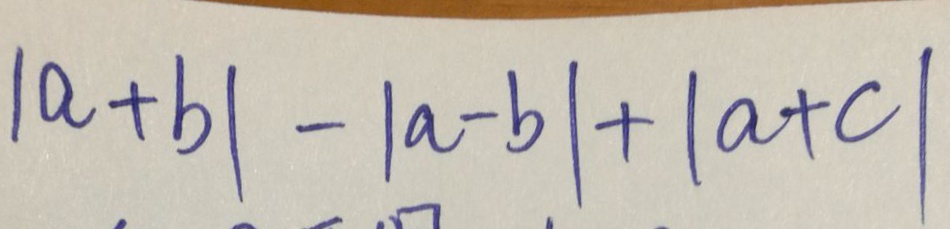
\vert a + b \vert - \vert a - b \vert + \vert a + c \vert